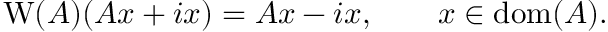
\operatorname { W } ( A ) ( A x + i x ) = A x - i x , \qquad x \in \operatorname { d o m } ( A ) .